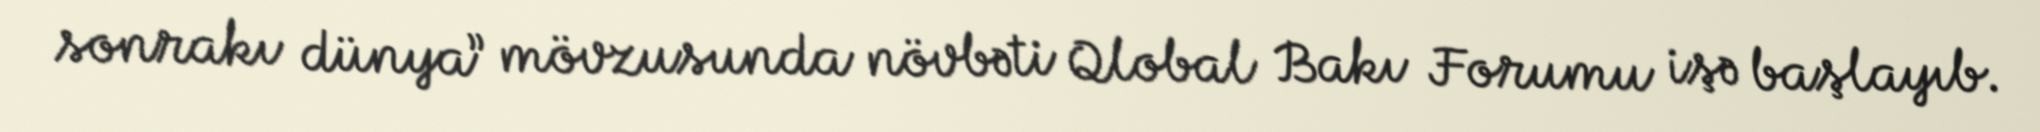
sonrakı dünya” mövzusunda növbəti Qlobal Bakı Forumu işə başlayıb.